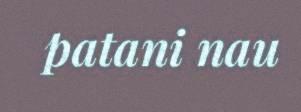
patani nau